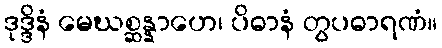
ဒုဒ္ဒိနံ မေဃစ္ဆန္နာဟေ၊ ပိဓာနံ တွပဓာရဏံ။